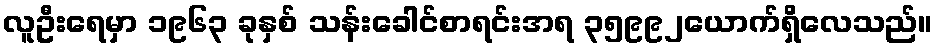
လူဦးရေမှာ ၁၉၆၃ ခုနှစ် သန်းခေါင်စာရင်းအရ ၃၅၉၉၂ယောက်ရှိလေသည်။